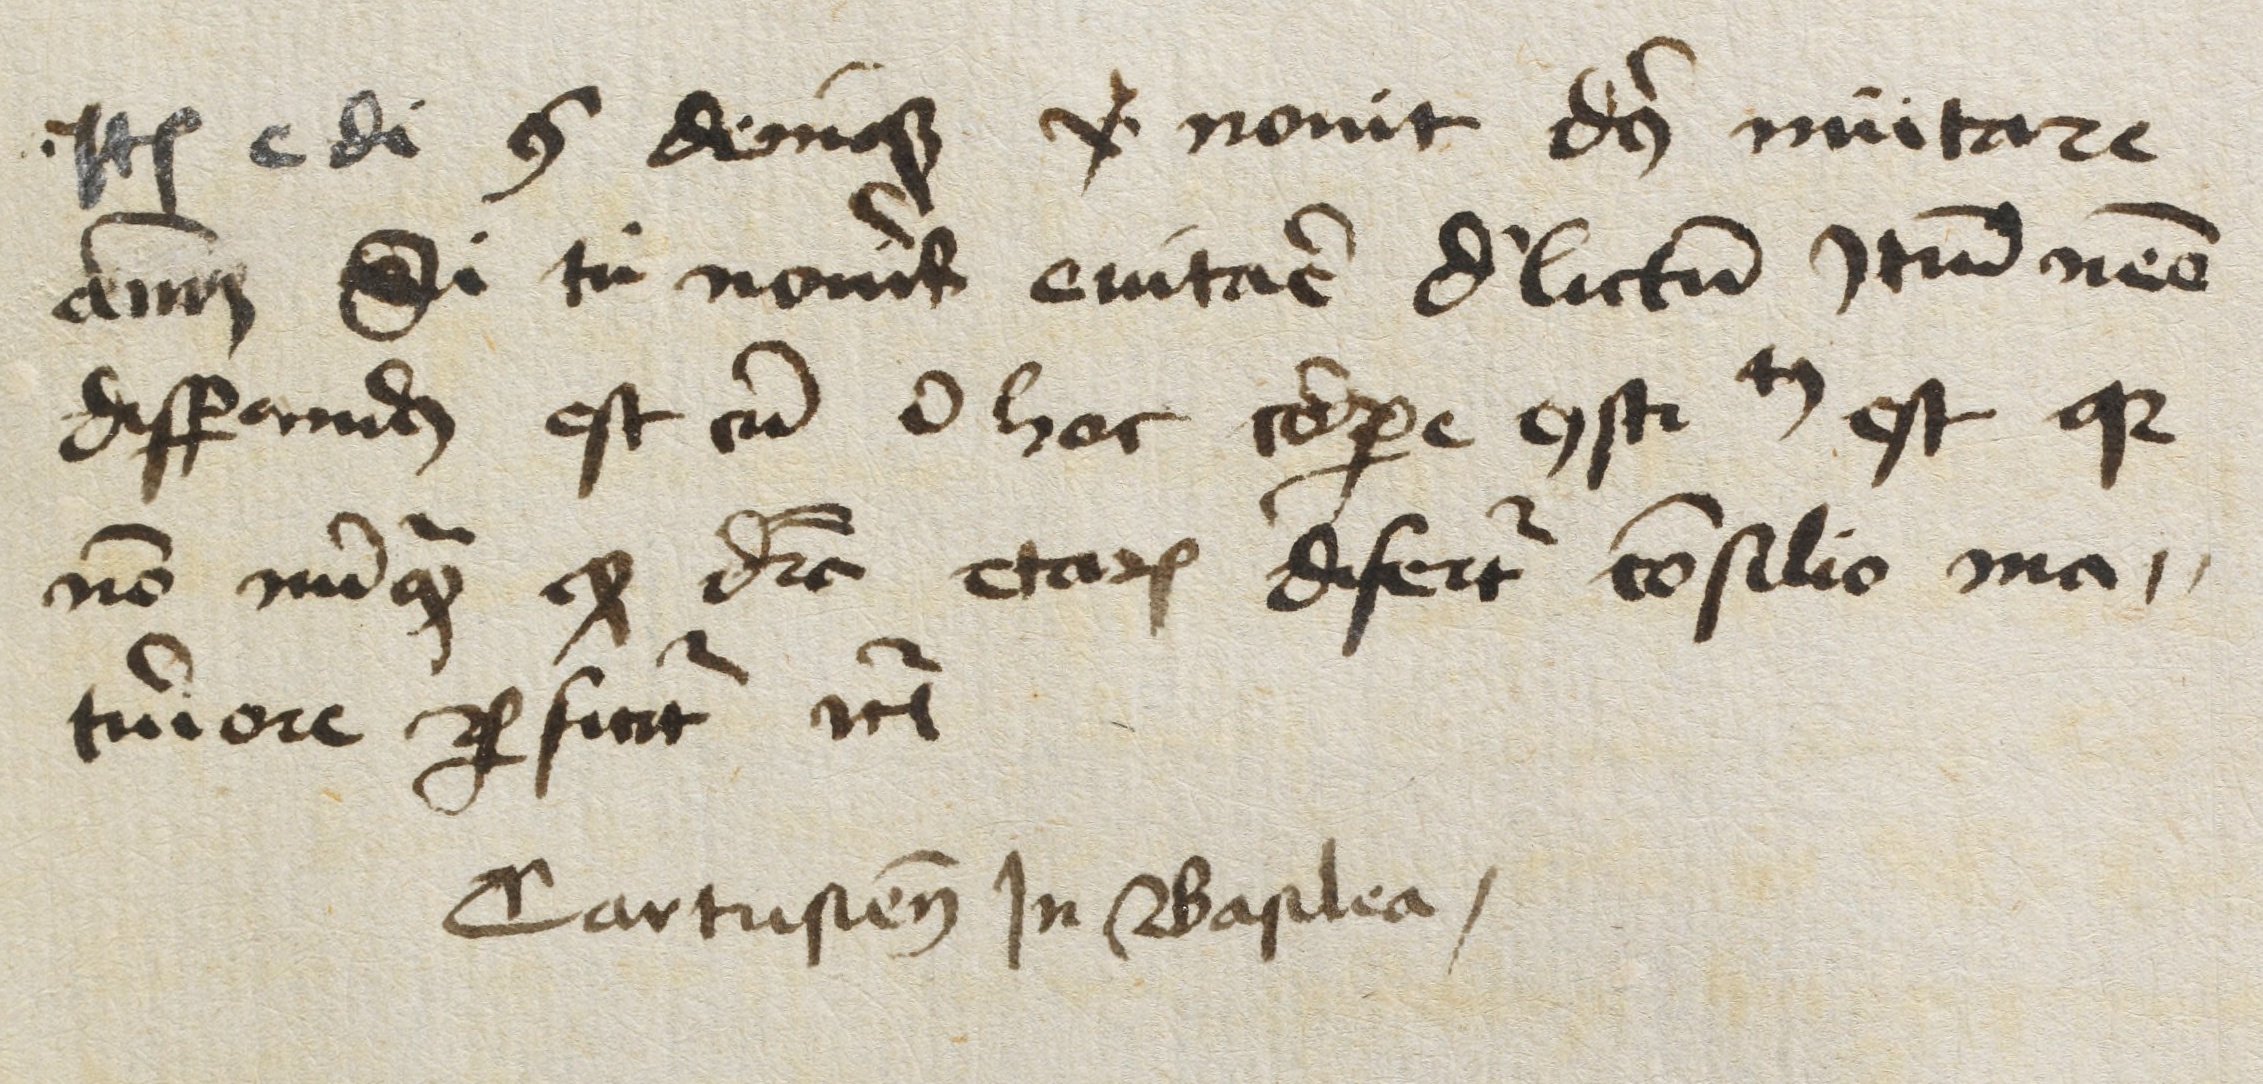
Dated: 1450–1499